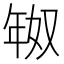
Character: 𫷗